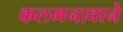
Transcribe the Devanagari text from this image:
कलमनावाने